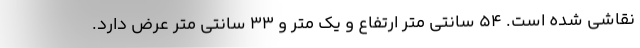
نقاشی شده است. 54 سانتی متر ارتفاع و یک متر و 33 سانتی متر عرض دارد.